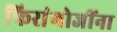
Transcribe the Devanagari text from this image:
फिरांगोजींना